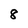
Character: 8